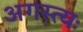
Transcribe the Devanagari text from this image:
अगस्त्यः